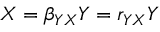
X = \beta _ { Y X } Y = r _ { Y X } Y